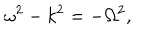
\omega ^ { 2 } - k ^ { 2 } = - \Omega ^ { 2 } ,